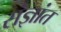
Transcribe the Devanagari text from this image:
संज्ञांत